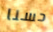
حسنا